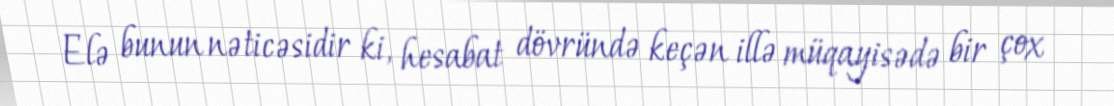
Elə bunun nəticəsidir ki, hesabat dövründə keçən illə müqayisədə bir çox